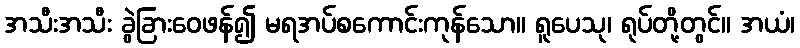
အသီးအသီး ခွဲခြားဝေဖန်၍ မရအပ်စကောင်းကုန်သော။ ရူပေသု၊ ရုပ်တို့တွင်။ အယံ၊